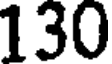
130